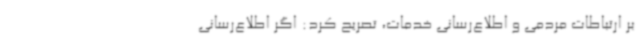
بر ارتباطات مردمی‌ و اطلاع‌رسانی خدمات، تصریح کرد: اگر اطلاع‌رسانی